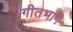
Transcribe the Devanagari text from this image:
गीतभाग